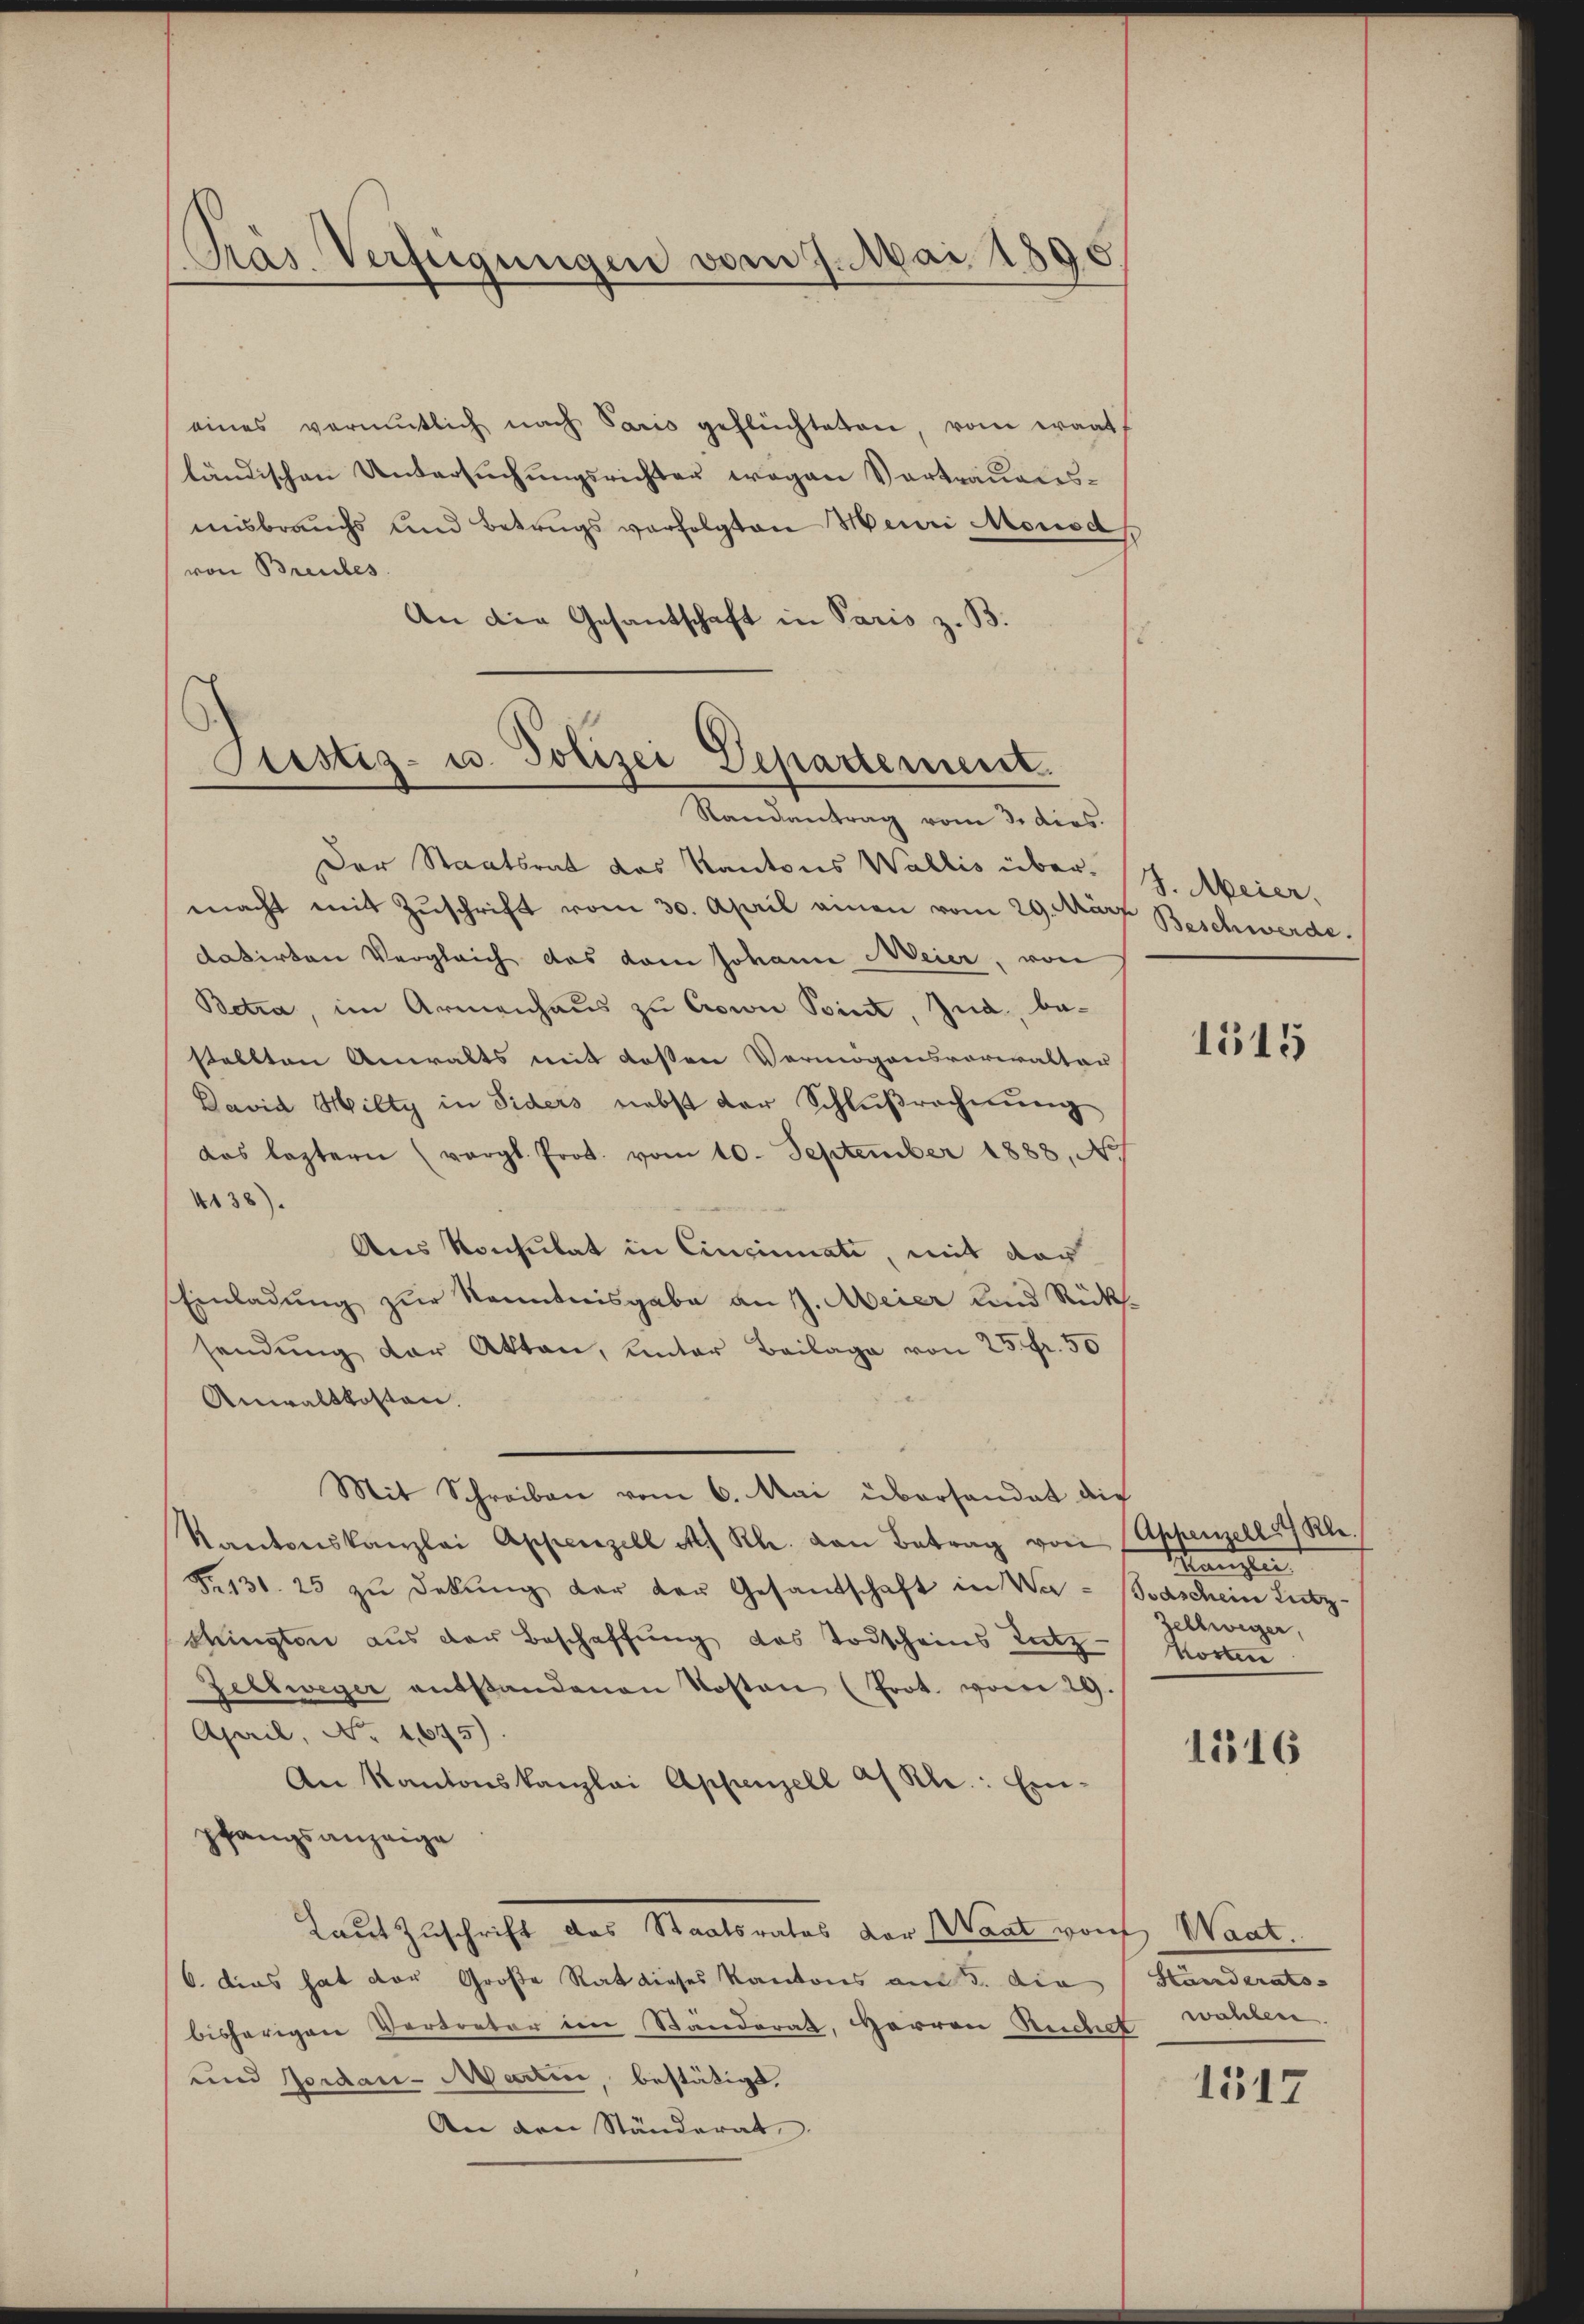
Pras. Verfügungen vom 7. Mai 189

eines vermutlich nach Sario geflüchteten, vom wart
ländischen Untersuchungsrichter wegen Vortrauensmisbrauchs und Betrugs verfolgten Meini Monsd
von Breubes
An die Gesandschaft in Paris z. B.

Pustiz- u. Polizei Departement.
Randantrag vom 3. dies

Der Staatsrat das Kantons Wallis über. H. Meier,
macht mit Zŭschrift vom 30. April einen vom 29. März Beschwerde.
datirten Vergleich das dem Johann Meier, von
Betra, im Armenhaus zu Cown Point, Jud, bestellten Anwalts mit dessen Vermögensvorwalter
David Hilty in Fiders nebst der Schlußrechnung
das leztern (vergl. Prot. vom 10. September 1888, No.
138).
Aus Konsulat in Einsinuati, mit der
Einladung zur Kenntnisgabe an J. Meier und Rück
sendung der Akten, unter Beilage von 25 fr. 50
Anwaltkosten.
Mit Schreiben vom 6. Mai übersandat die
Kantonskanzlei Appenzell A. Rh. von Betrag von Appenzell Kle
No 131. 25 zŭ dekŭng der den Gesandschaft in Wer - Todschein Lutz-
Kington aus der Beschaffŭng des Todscheins Lutz-Moren
Zeltweger entstandenen Kosten (Prot. vom 29.
April, No. 4675).
An Kantonskanzlei Appenzell a/Rh.: Ein-
pfangsanzeige
Laut Zuschrift das Staatsrates der Saat von Waat.
6. dies hat der Große Rat dieses Kantons am 5. die
bisherigen Vertreter im Ständerat, Herren Ruchet wählen.
und Jordan-Martin, bestätigt,
An den Ständerat

1515

Mange
sellweger,

1816

Händerats-

1517